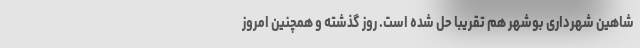
شاهین شهرداری بوشهر هم تقریبا حل شده است. روز گذشته و همچنین امروز